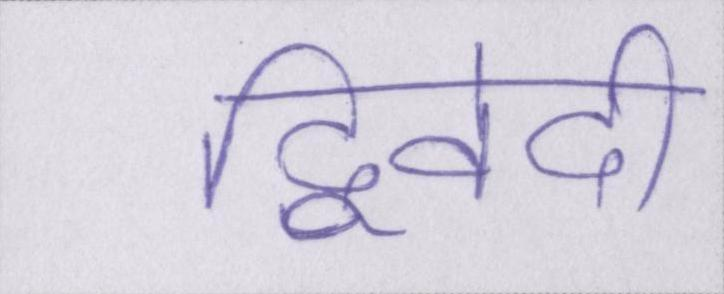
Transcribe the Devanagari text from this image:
द्विवेदी